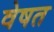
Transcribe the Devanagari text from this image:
वेषत